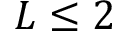
L \leq 2